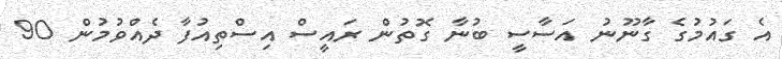
އެ ގައުމުގެ ގާނޫނު އަސާސީ ބުނާ ގޮތުން ރައީސް އިސްތިއުފާ ދެއްވުމުން 90